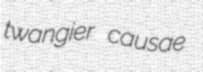
twangier causae